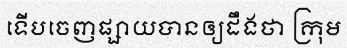
ទើបចេញផ្សាយបានឲ្យដឹងថា ក្រុម